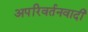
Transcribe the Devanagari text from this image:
अपरिवर्तनवादी